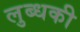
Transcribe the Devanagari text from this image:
लुब्धकी